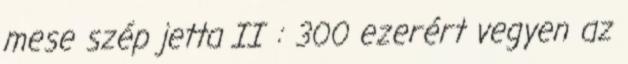
mese szép jetta II : 300 ezerért vegyen az